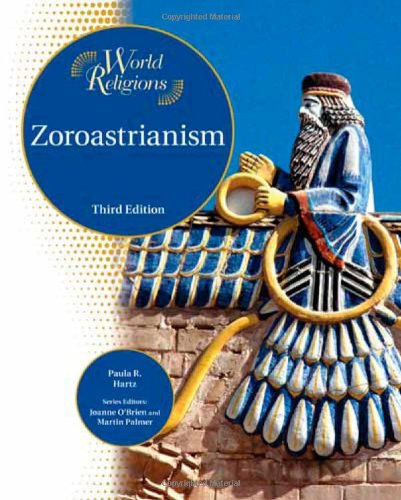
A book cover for Zoroastrianism (World Religions (Facts on File)); Paula R. Hartz; Teen & Young Adult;